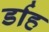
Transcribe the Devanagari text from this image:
र्डाह